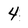
Character: 4